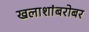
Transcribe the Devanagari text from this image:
खलाशांबरोबर